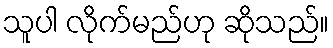
သူပါ လိုက်မည်ဟု ဆိုသည်။